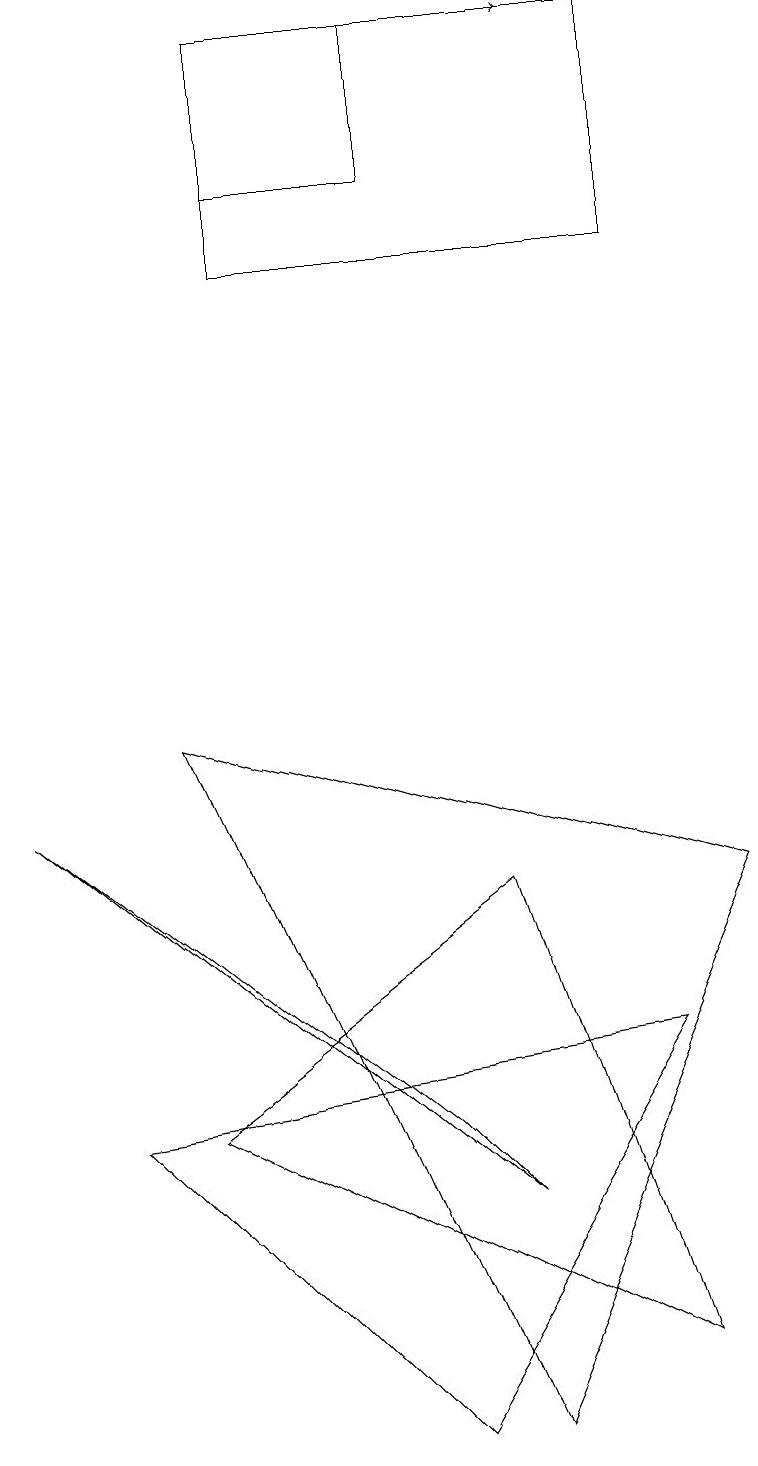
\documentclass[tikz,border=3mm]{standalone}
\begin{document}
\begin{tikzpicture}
\draw (6,0) -- (9,7) -- (2,9) -- cycle;
\draw (0,8) -- (6,3) -- (5,4) -- cycle;
\draw (3,16) rectangle (3,16);
\draw (3,18) rectangle (5,16);
\draw[->] (4,18) -- (7,18);
\draw (3,15) rectangle (8,18);
\draw (8,5) -- (5,0) -- (1,4) -- cycle;
\draw (8,1) -- (2,4) -- (6,7) -- cycle;
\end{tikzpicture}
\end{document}